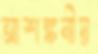
আশঙ্কনীয়